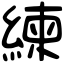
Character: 練